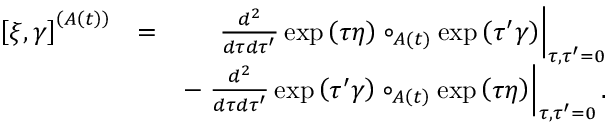
\begin{array} { r l r } { \left[ \xi , \gamma \right] ^ { \left( A \left( t \right) \right) } } & { = } & { \left. \frac { d ^ { 2 } } { d \tau d \tau ^ { \prime } } \exp \left( \tau \eta \right) \circ _ { A \left( t \right) } \exp \left( \tau ^ { \prime } \gamma \right) \right\vert _ { \tau , \tau ^ { \prime } = 0 } } \\ & { } & { - \left. \frac { d ^ { 2 } } { d \tau d \tau ^ { \prime } } \exp \left( \tau ^ { \prime } \gamma \right) \circ _ { A \left( t \right) } \exp \left( \tau \eta \right) \right\vert _ { \tau , \tau ^ { \prime } = 0 } . } \end{array}